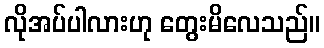
လိုအပ်ပါလားဟု တွေးမိလေသည်။